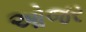
ઓજર